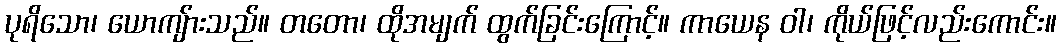
ပုရိသော၊ ယောကျ်ားသည်။ တတော၊ ထိုအမျက် ထွက်ခြင်းကြောင့်။ ကာယေန ဝါ၊ ကိုယ်ဖြင့်လည်းကောင်း။